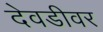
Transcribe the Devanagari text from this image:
देवडीवर